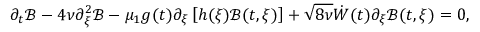
\partial _ { t } \mathcal { B } - 4 \nu \partial _ { \xi } ^ { 2 } \mathcal { B } - \mu _ { 1 } g ( t ) \partial _ { \xi } \left[ h ( \xi ) \mathcal { B } ( t , \xi ) \right] + \sqrt { 8 \nu } \dot { W } ( t ) \partial _ { \xi } \mathcal { B } ( t , \xi ) = 0 ,